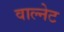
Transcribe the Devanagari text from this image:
वाल्नेट